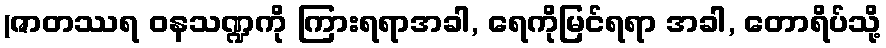
(ဇာတဿရ ဝနသဏ္ဍကို ကြားရရာအခါ, ရေကိုမြင်ရရာ အခါ, တောရိပ်သို့